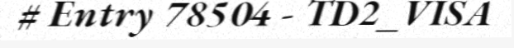
# Entry 78504 - TD2_VISA